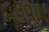
મૂલવાય